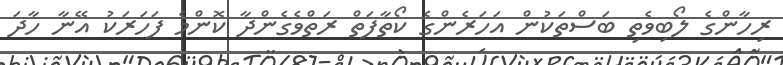
ރިހާންގެ ލޯބިވެތި ބަސްތަކުން އަހަރެންގެ ކޯތާފަތް ރަތްވެގެންދާ ކޮންމެ ފަހަރަކު އޭނާ ހާދަ